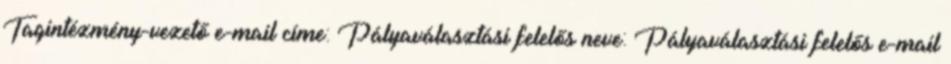
Tagintézmény-vezető e-mail címe: Pályaválasztási felelős neve: Pályaválasztási felelős e-mail